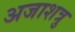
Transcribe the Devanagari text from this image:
अजाशत्रु